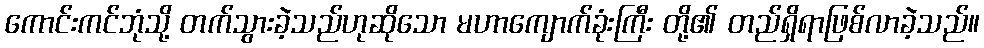
ကောင်းကင်ဘုံသို့ တက်သွားခဲ့သည်ဟုဆိုသော မဟာကျောက်ခုံးကြီး တို့၏ တည်ရှိရာဖြစ်လာခဲ့သည်။